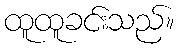
ထူထူခင်းသည်။